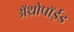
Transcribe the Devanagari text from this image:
अॅथ्रोपॉईड